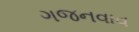
ગજનવાવ